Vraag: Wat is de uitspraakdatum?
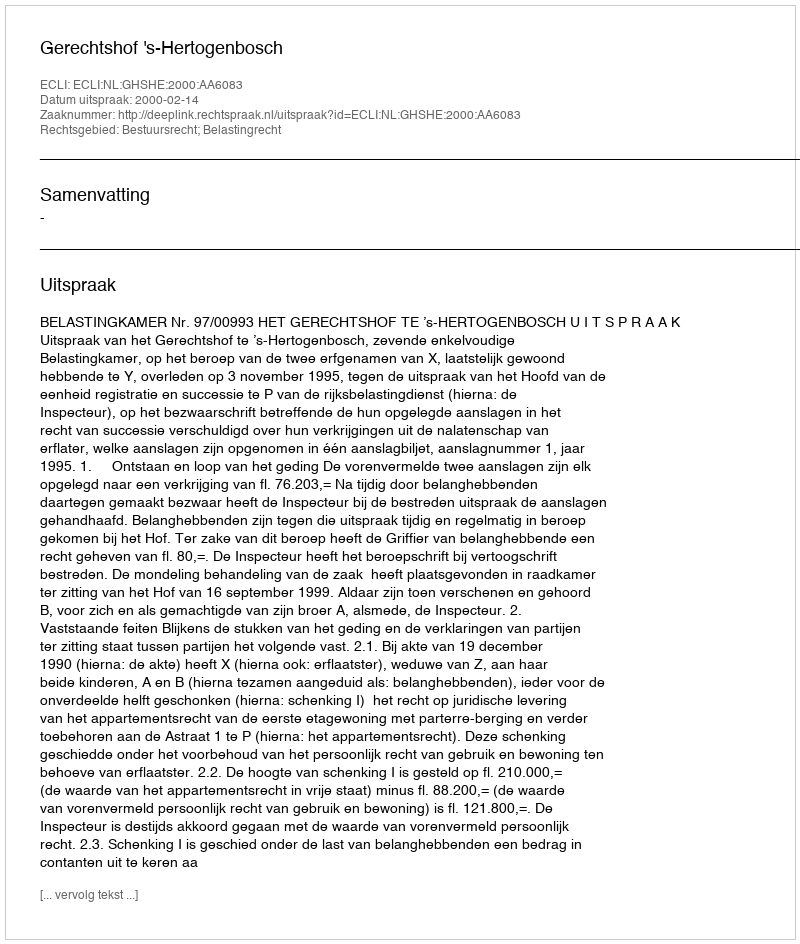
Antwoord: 2000-02-14